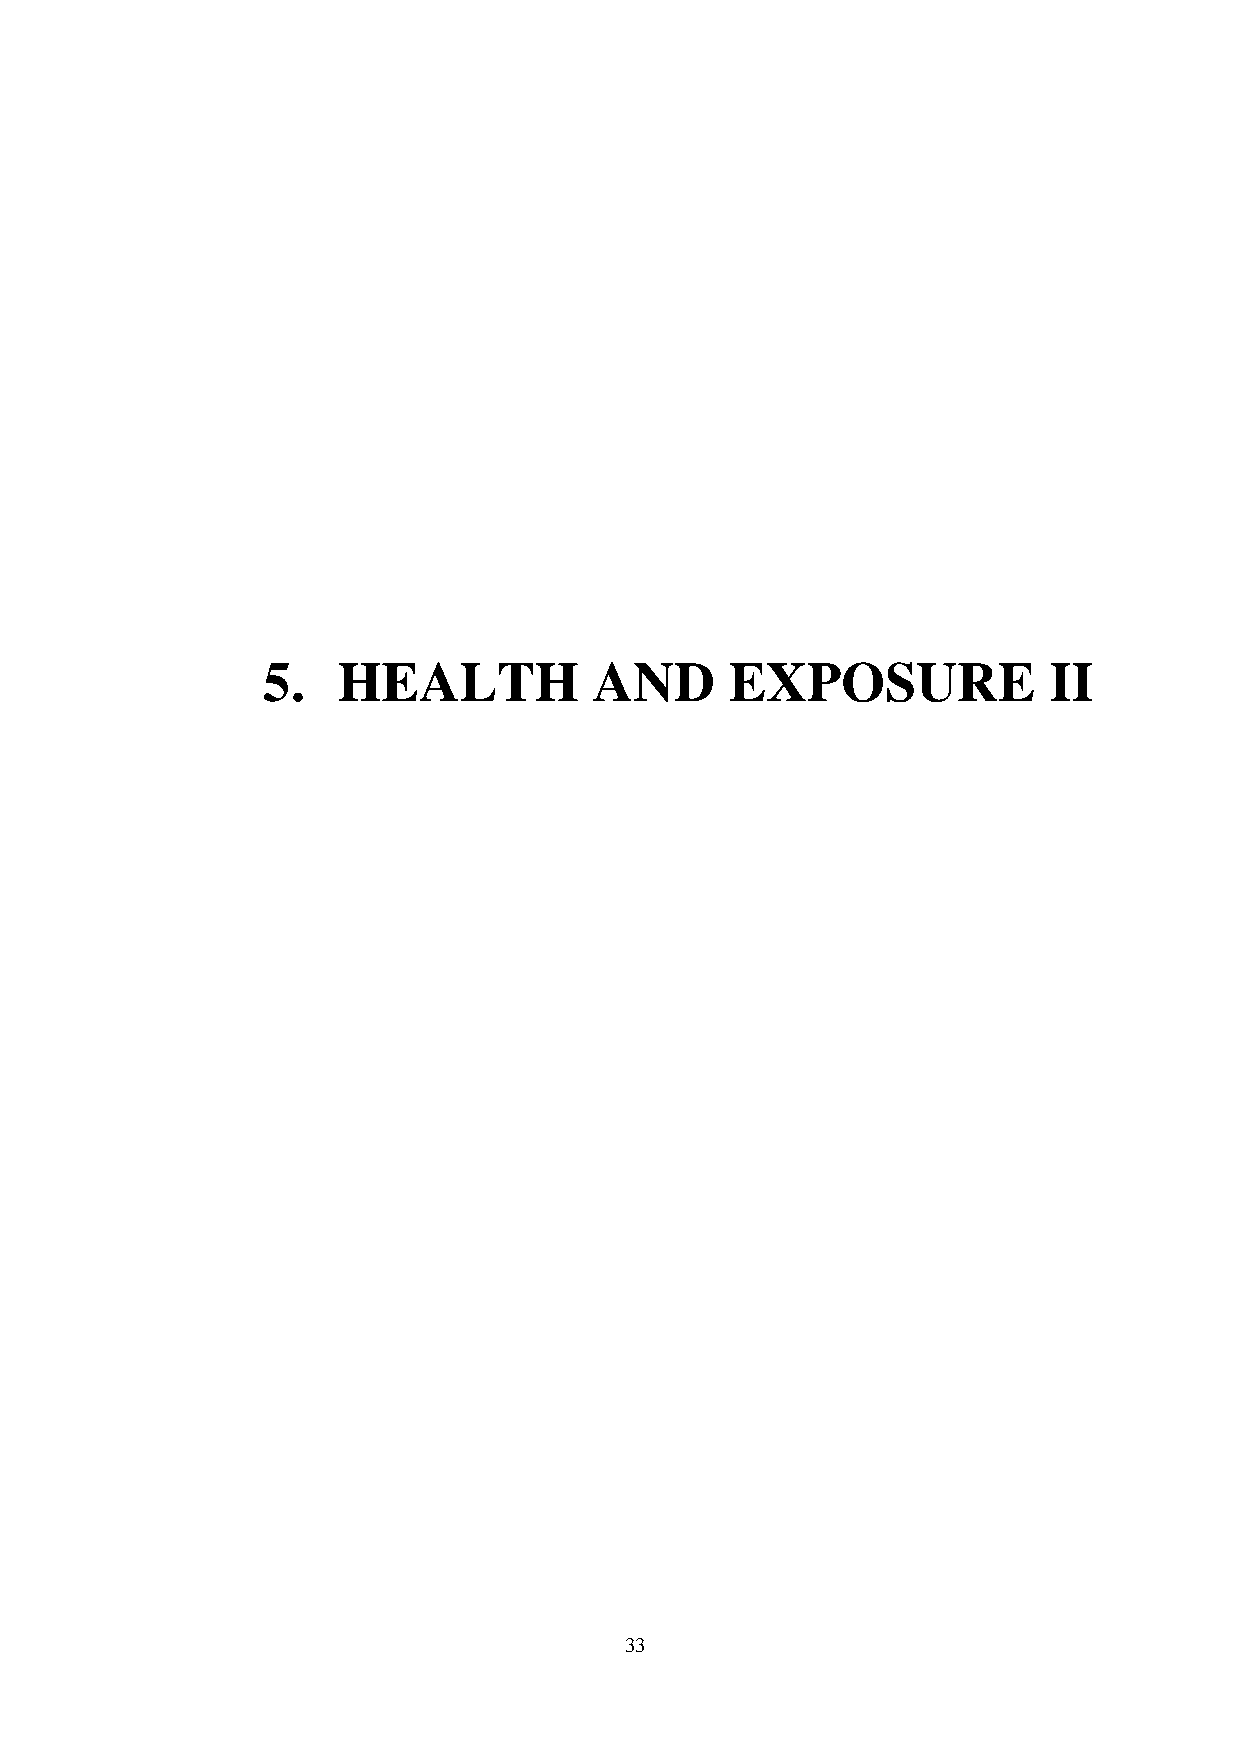
5.   HEALTH           AND      EXPOSURE             II
 33